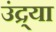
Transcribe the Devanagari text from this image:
उंद्र्या